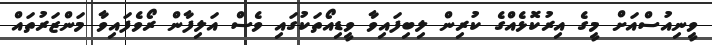
ވީނިއުސްއަށް މީގެ އިރުކޮޅެއްގެ ކުރިން ލިބިފައިވާ ވީޑިއޯތަކުގައި ވެސް އަލިފާން ރޯވެފައިވާ މަންޒަރުތައް